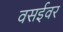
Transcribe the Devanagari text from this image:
वसईवर